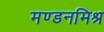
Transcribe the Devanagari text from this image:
मण्डनमिश्र